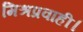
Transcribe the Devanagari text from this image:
मिश्रप्रवाही।